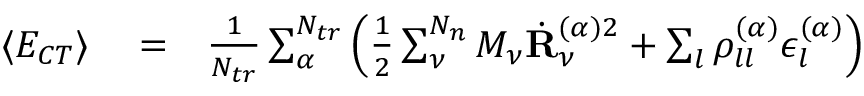
\begin{array} { r l r } { \langle E _ { C T } \rangle } & { { } = } & { \frac { 1 } { N _ { t r } } \sum _ { \alpha } ^ { N _ { t r } } \left( \frac { 1 } { 2 } \sum _ { \nu } ^ { N _ { n } } M _ { \nu } \dot { \mathbf { R } } _ { \nu } ^ { ( \alpha ) 2 } + \sum _ { l } \rho _ { l l } ^ { ( \alpha ) } \epsilon _ { l } ^ { ( \alpha ) } \right) } \end{array}